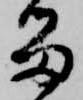
留